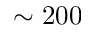
\sim 2 0 0